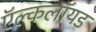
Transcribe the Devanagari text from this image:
ऍल्कलॉयड